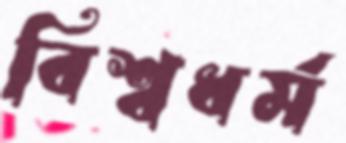
বিশ্বধর্ম